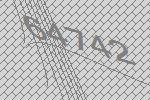
64742